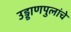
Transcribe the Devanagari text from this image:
उड्डाणपुलांचे